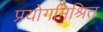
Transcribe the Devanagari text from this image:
प्रयोगमिश्रित